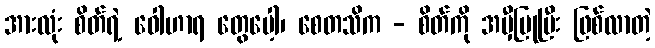
အားလုံး စိတ်ရဲ့ ဝေါဟာရ တွေပေါ့၊ စေတသိက - စိတ်ကို အမှီပြုပြီး ဖြစ်လာတဲ့